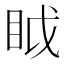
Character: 眓